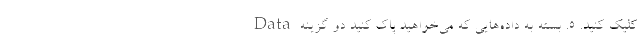
Data کلیک کنید. 5. بسته به داده‌هایی که می‌خواهید پاک کنید دو گزینه